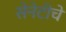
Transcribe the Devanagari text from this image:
सेनेटीचे